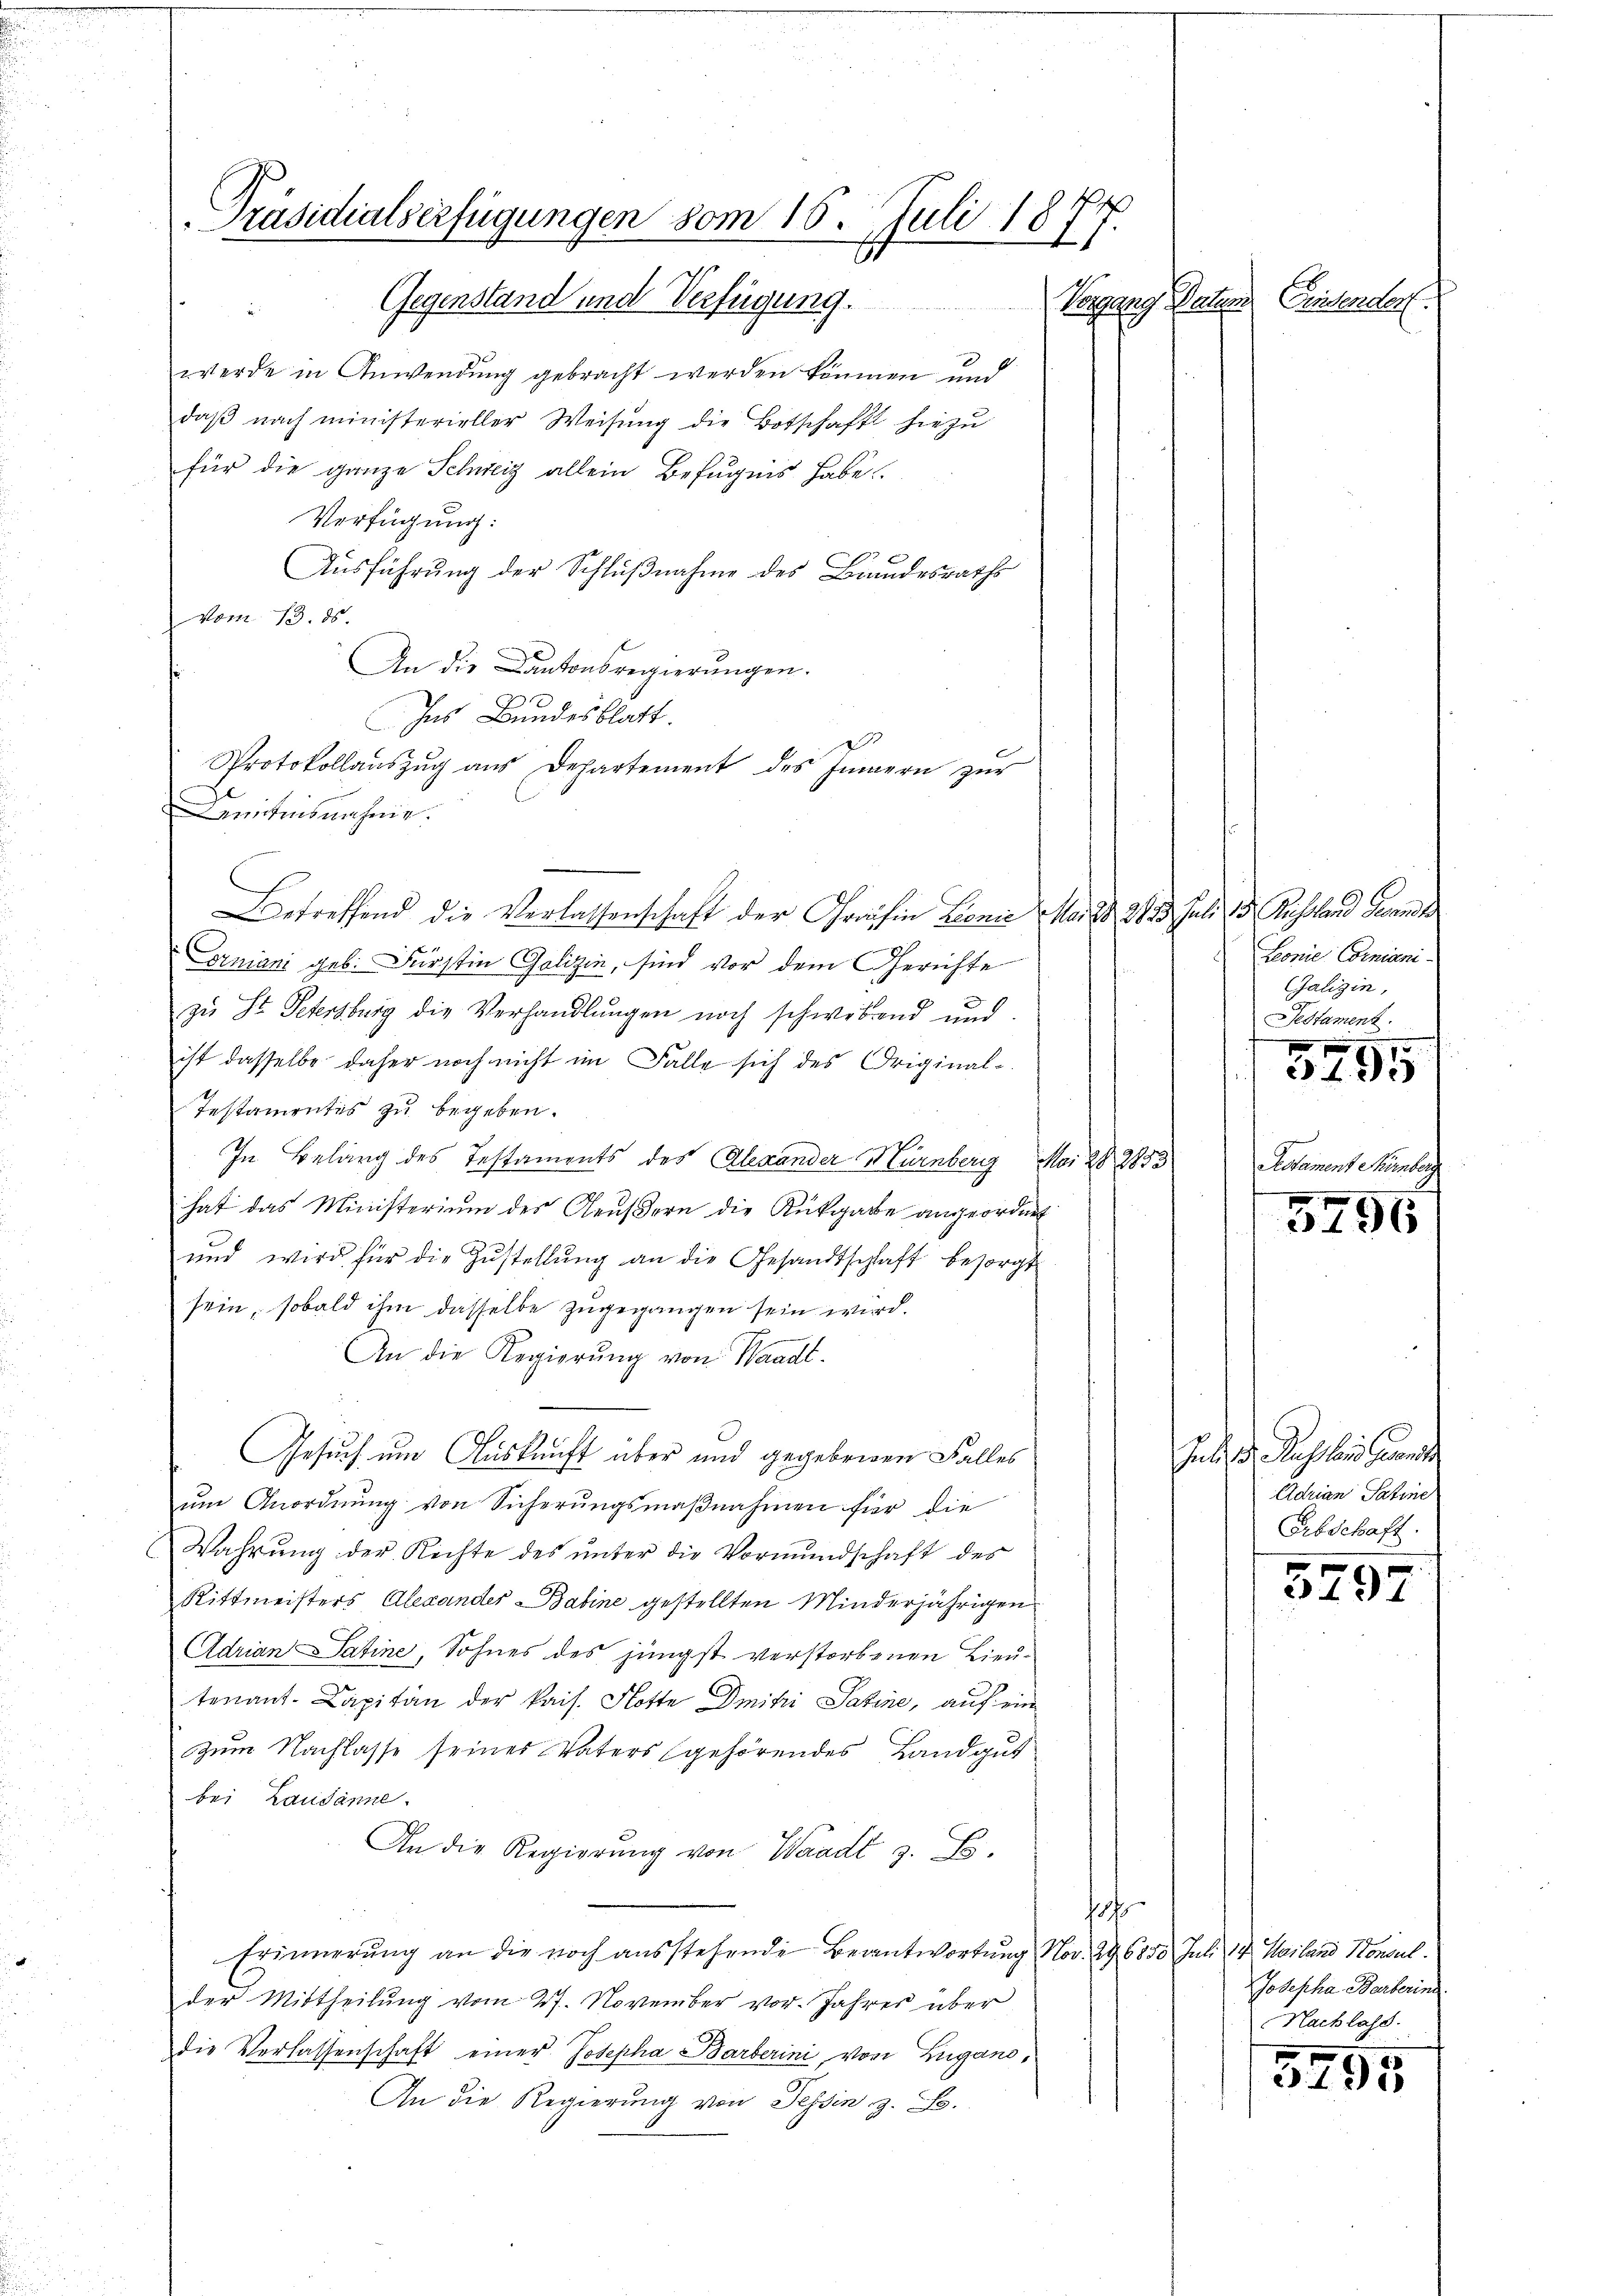
Präsidialserfügungen vom 15. Juli 184
1

Gegenstand und Verfügung.
werde in Anwendung gebracht werden können und
daβ nach ministerieller Weisŭng die Botschaft hiezu
für die ganze Schweiz allein Befugnis habe
Verfügung:
Ausführung der Schlußnahme des Bundesraths
vom 13. ds.
An die Cantonsregierungen.
Ins Bundesblatt.
Protokollaŭszŭg aŭs Departement des Innern zŭr
Kenntnisnahme.
Betreffend die Verlassenschaft der Gräfin Linie Mai d. 2813. Juli 18. Russland Grand
Corniani geb. Fürstin Galizin, sind vor dem Gerichte
zu St. Petersburg die Verhandlungen noch schwebend und
ist dasselbe daher noch nicht im Falle sich des Original-
Testamentis zu begeben.
In Belang des Testaments des Alexander Mürnberg Mai 20. 2853
hat das Ministerium des Aeußern die Rückgabe angeordnet
und wird für die Zustellŭng an die Gesandtschaft besorgt
sein, sobald ihm dasselbe zugegangen sein wird.
An die Regierŭng von Waadt-
Gesuch um Auskunft über und gegebenen Falles
um Anordnung von Sicherungsmaßnahmen für die
Wahrung der Richte des unter die Vormundschaft des
Rittmeisters Alexander Babine gestellten Minderjährigen
Adrian Satine, Sohnes des jüngst verstorbenen Lieutenant. Capitän der kais. Flotte Dmihi Satine, auf ein
zum Nachlasse seines Vaters gehörendes Landgut
bei Lausanne.
An die Regierung von Waadt z. B.
1875
Erinnerung an die noch ausstehende Beantwortung Nov. 29. 6850. Juli 14. Mailand Konsul
der Mittheilung vom 27. November vor. Jahres über
die Verlassenschaft einer Josepha Barberini von Lugano,
An die Regierung von Tessin, z. B.

Vorgang Datum. Einsender.

Zeonie Comniani-
Galizin,
Testament.

395

Restament Nürnberg

3296

Juli d. Recht bei der
Adrian Satine
Erbschaft.

5797

Josepha Barberin
Nachlass.

5295